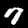
Digit: 7